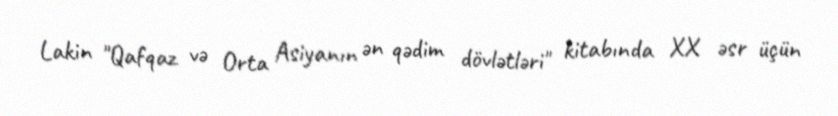
Lakin "Qafqaz və Orta Asiyanın ən qədim dövlətləri" kitabında XX əsr üçün